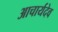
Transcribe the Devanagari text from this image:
आचार्यदेव